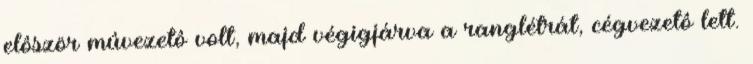
elôször mûvezetô volt, majd végigjárva a ranglétrát, cégvezetô lett.